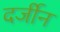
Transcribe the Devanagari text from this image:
दर्जीन